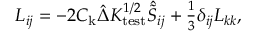
\begin{array} { r } { L _ { i j } = - 2 C _ { \mathrm { k } } \hat { \Delta } K _ { \mathrm { t e s t } } ^ { 1 / 2 } \hat { \tilde { S } } _ { i j } + \frac { 1 } { 3 } \delta _ { i j } L _ { k k } , } \end{array}